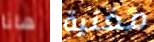
هانا مغنية